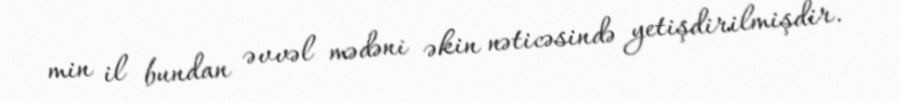
min il bundan əvvəl mədəni əkin nəticəsində yetişdirilmişdir.